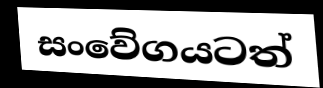
සංවේගයටත්